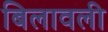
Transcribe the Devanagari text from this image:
बिलावली